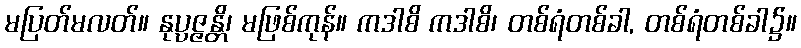
မပြတ်မလတ်။ နုပ္ပဇ္ဇန္တိ၊ မဖြစ်ကုန်။ ကဒါစိ ကဒါစိ၊ တစ်ရံတစ်ခါ, တစ်ရံတစ်ခါ၌။